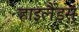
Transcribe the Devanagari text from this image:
हाइलैंड्स्